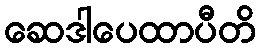
ဆေဒါပေထာပီတိ